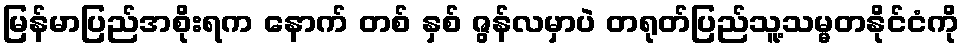
မြန်မာပြည်အစိုးရက နောက် တစ် နှစ် ဇွန်လမှာပဲ တရုတ်ပြည်သူ့သမ္မတနိုင်ငံကို